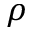
\rho